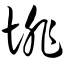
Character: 悱